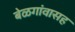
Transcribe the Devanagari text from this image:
बेळगांवासह